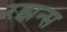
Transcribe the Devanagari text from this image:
रझन्स